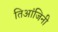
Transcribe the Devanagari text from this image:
तिआंजिनी